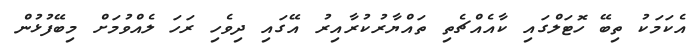
އެކަމަކު ތިބޭ ހޮޓަލްގައި ކާއެއްޗެތި ތައްޔާރުކުރާއިރު އޭގައި ދިވެހި ރަހަ ލެއްވުމަށް މިބޭފުޅުން